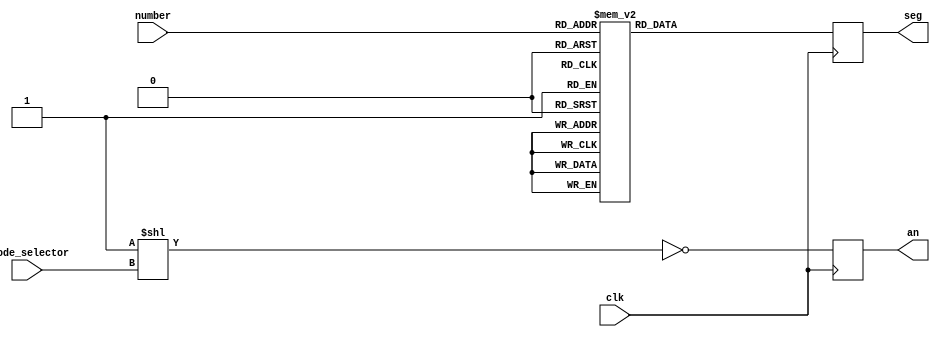
`timescale 1ns / 1ps
//////////////////////////////////////////////////////////////////////////////////
// Company: 		UdS
// 
// Design Name: 	Seven segment display
// Module Name:    	seven_segment 
// Project Name: 	Displays
// Target Devices:  Artix7
// Tool versions: 	ISE P.68d
// Description: 	Custom made seven segment display, pin numbers are mentioned in 
//					nexys_hdmi.ucf	
//
// Dependencies: 	nexys_hdmi.ucf
//
// Revision: 
// Revision 0.01 - File Created
// Additional Comments: 
//
//////////////////////////////////////////////////////////////////////////////////
module seven_segment(
		input clk,						// clock input
		input [3:0] number,				// number to be displayed
		input [1:0] anode_selector,		// anode to be selected
		output reg [6:0] seg,			// seven segment display output register
		output reg [3:0] an				// anode output register
    );
	 
	// always block working on positive clock
	always @ (posedge clk)
	begin
		// anode selector logic
		an <= ~(4'b1 << anode_selector);
		// display number to seven segment display mapping
		case(number)
			0 : seg <= 7'b0111111;
			1 : seg <= 7'b0000110;
			2 : seg <= 7'b1011011;
			3 : seg <= 7'b1001111;
			4 : seg <= 7'b1100110;
			5 : seg <= 7'b1101101;
			6 : seg <= 7'b1111101;
			7 : seg <= 7'b0000111;
			8 : seg <= 7'b1111111;
			9 : seg <= 7'b1101111;
			default: seg <= 7'b0000000;
		endcase
	end

endmodule